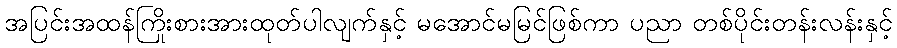
အပြင်းအထန်ကြိုးစားအားထုတ်ပါလျက်နှင့် မအောင်မမြင်ဖြစ်ကာ ပညာ တစ်ပိုင်းတန်းလန်းနှင့်